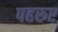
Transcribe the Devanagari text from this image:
पहरुए